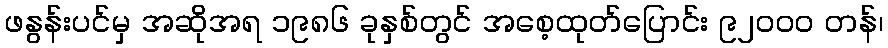
ဖနွန်းပင်မှ အဆိုအရ ၁၉၈၆ ခုနှစ်တွင် အစေ့ထုတ်ပြောင်း ၉၂၀၀၀ တန်၊